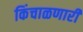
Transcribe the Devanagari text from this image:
किंचाळणारी